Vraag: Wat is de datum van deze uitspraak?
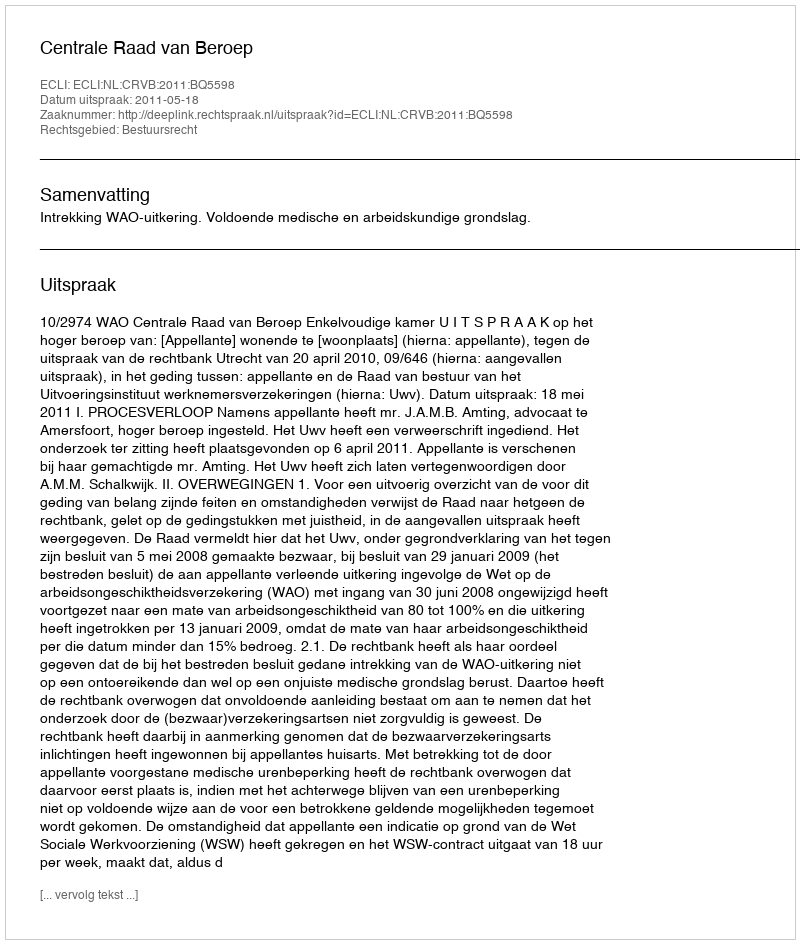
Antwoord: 2011-05-18